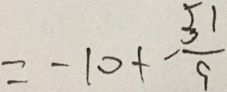
= - 1 0 + - \frac { 5 1 } { 9 }